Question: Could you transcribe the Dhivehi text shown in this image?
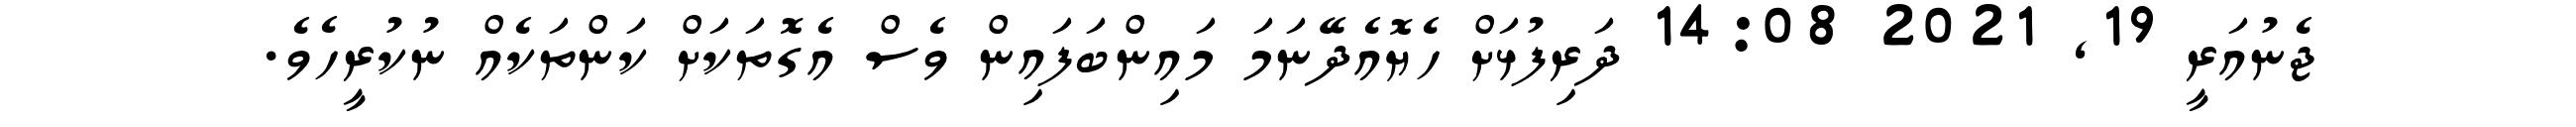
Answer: ޖެނުއަރީ 19, 2021 14:08 ދަރިފުޅަށް ހެޔޮއެދޭނަމަ މައިންބަފައިން ވެސް އެގޮތަކަށް ކަންތަކެއް ނުކުރީހެވެ.